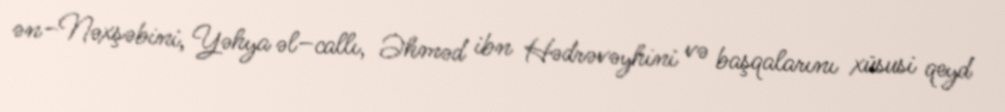
ən–Nəxşəbini, Yəhya əl–callı, Əhməd ibn Hədrəvəyhini və başqalarını xüsusi qeyd